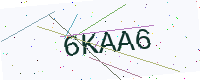
Text: 6KAA6